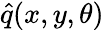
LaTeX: \hat{q}(x,y,\theta)